Vaccination in the Punjab 1897-1904 - 1897-1904
Year: 1897
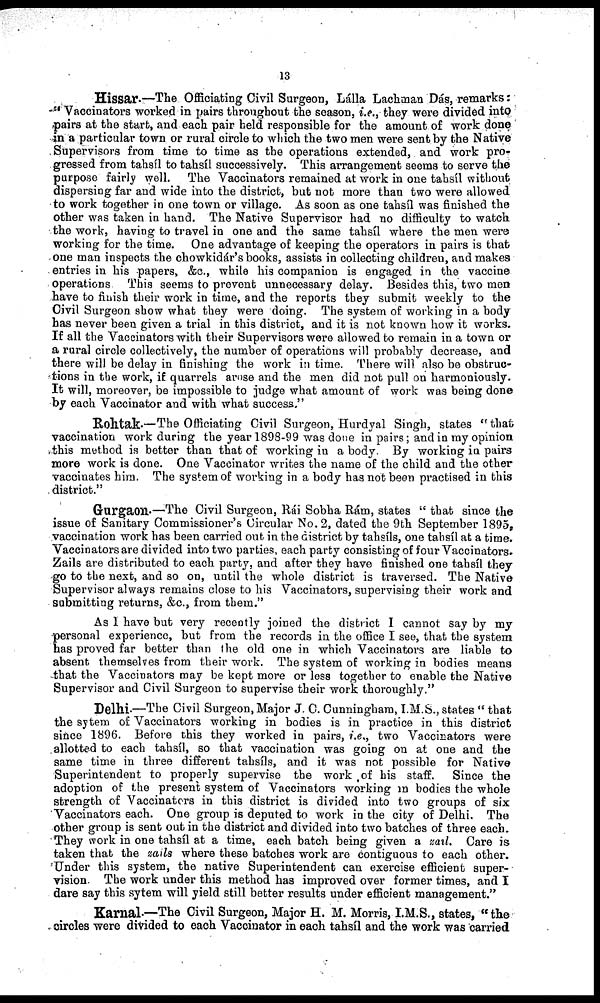
13
Hissar.—The Officiating Civil Surgeon, Lálla Lachman Dás, remarks:
" Vaccinators worked in pairs throughout the season, i.e., they were divided into
pairs at the start, and each pair held responsible for the amount of work done
in a particular town or rural circle to which the two men were sent by the Native
Supervisors from time to time as the operations extended, and work pro-
gressed from tahsíl to tahsíl successively. This arrangement seems to serve the
purpose fairly well. The Vaccinators remained at work in one tahsíl without
dispersing far and wide into the district, but not more than two were allowed
to work together in one town or village. As soon as one tahsíl was finished the
other was taken in hand. The Native Supervisor had no difficulty to watch
the work, having to travel in one and the same tahsíl where the men were
working for the time. One advantage of keeping the operators in pairs is that-
one man inspects the chowkidár's books, assists in collecting children, and makes
entries in his papers, &c., while his companion is engaged in the vaccine
operations This seems to prevent unnecessary delay. Besides this, two men
have to finish their work in time, and the reports they submit weekly to the
Civil Surgeon show what they were doing. The system of working in a body
has never been given a trial in this district, and it is not known how it works.
If all the Vaccinators with their Supervisors were allowed to remain in a town or
a rural circle collectively, the number of operations will probably decrease, and
there will be delay in finishing the work in time. There will also be obstruc-
tions in the work, if quarrels arose and the men did not pull on harmoniously.
It will, moreover, be impossible to judge what amount of work was being done
by each Vaccinator and with what success."
Rohtak.—The Officiating Civil Surgeon, Hurdyal Singh, states " that
vaccination work during the year 1898-99 was done in pairs; and in my opinion
this method is better than that of working in a body. By working in pairs
more work is done. One Vaccinator writes the name of the child and the other
vaccinates him. The system of working in a body has not been practised in this
district."
Gurgaon.—The Civil Surgeon, Rái Sobha Rám, states " that since the
issue of Sanitary Commissioner's Circular No. 2, dated the 9th September 1895,
vaccination work has been carried out in the district by tahsíls, one tahsíl at a time.
Vaccinators are divided into two parties, each party consisting of four Vaccinators.
Zails are distributed to each party, and after they have finished one tahsíl they
go to the next, and so on, until the whole district is traversed. The Native
Supervisor always remains close to his Vaccinators, supervising their work and
submitting returns, &c., from them."
As I have but very recently joined the district I cannot say by my
-personal experience, but from the records in the office I see, that the system
has proved far better than the old one in which Vaccinators are liable to
absent themselves from their work. The system of working in bodies means
that the Vaccinators may be kept more or less together to enable the Native
Supervisor and Civil Surgeon to supervise their work thoroughly."
Delhi.—The Civil Surgeon, Major J. C. Cunningham, I.M.S., states " that
the sytem of Vaccinators working in bodies is in practice in this district
since 1896. Before this they worked in pairs, i.e., two Vaccinators were
allotted to each tahsíl, so that vaccination was going on at one and the
same time in three different tahsíls, and it was not possible for Native
Superintendent to properly supervise the work of his staff. Since the
adoption of the present system of Vaccinators working in bodies the whole
strength of Vaccinators in this district is divided into two groups of six
Vaccinators each. One group is deputed to work in the city of Delhi, The
other group is sent out in the district and divided into two batches of three each.
They work in one tahsíl at a time, each batch being given a zail. Care is
taken that the zails where these batches work are contiguous to each other.
Under this system, the native Superintendent can exercise efficient super-
vision. The work under this method has improved over former times, and I
dare say this sytem will yield still better results under efficient management."
Karnal—The Civil Surgeon, Major H. M. Morris, I.M.S., states, "the
circles were divided to each Vaccinator in each tahsíl and the work was carried